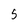
Character: 5